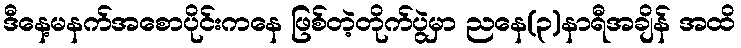
ဒီနေ့မနက်အစောပိုင်းကနေ ဖြစ်တဲ့တိုက်ပွဲမှာ ညနေ(၃)နာရီအချိန် အထိ